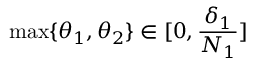
\operatorname* { m a x } \{ \theta _ { 1 } , \theta _ { 2 } \} \in [ 0 , \frac { \delta _ { 1 } } { N _ { 1 } } ]